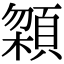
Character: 𩓬